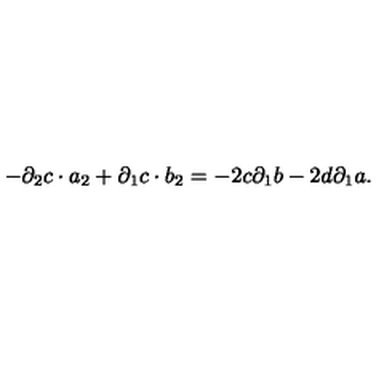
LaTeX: - { \partial } _ { 2 } c \cdot a _ { 2 } + { \partial } _ { 1 } c \cdot b _ { 2 } = - 2 c { \partial } _ { 1 } b - 2 d { \partial } _ { 1 } a .